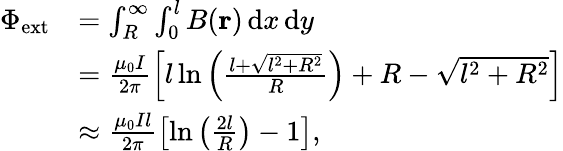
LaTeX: \begin{array}{rl}{\Phi_{\mathrm{ext}}}&{=\int_{R}^{\infty}\int_{0}^{l}B(\mathbf{r})\, \mathrm{d}x\, \mathrm{d}y}\\ &{=\frac{\mu_{0}I}{2\pi}\left[l\ln\left(\frac{l+\sqrt{l^{2}+R^{2}}}{R}\right)+R-\sqrt{l^{2}+R^{2}}\right]}\\ &{\approx\frac{\mu_{0}Il}{2\pi}\left[\ln\left(\frac{2l}{R}\right)-1\right],}\end{array}